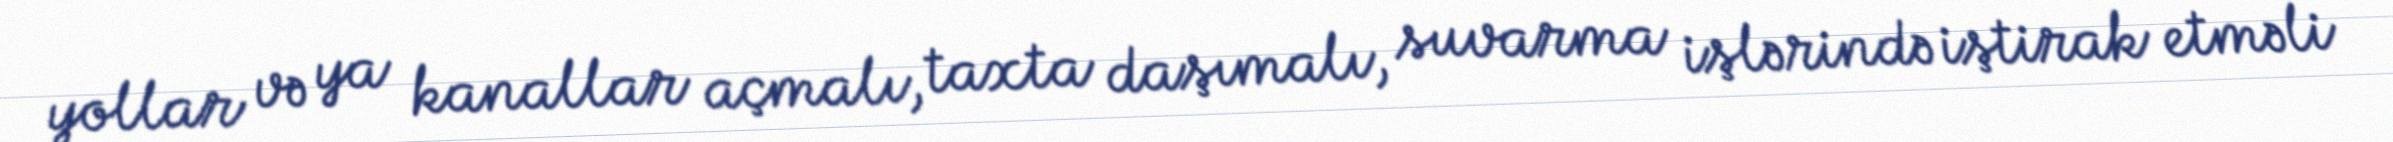
yollar və ya kanallar açmalı, taxta daşımalı, suvarma işlərində iştirak etməli